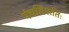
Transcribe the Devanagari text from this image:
पंचविंशतिः